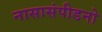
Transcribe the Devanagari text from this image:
नासासंपीडनो